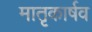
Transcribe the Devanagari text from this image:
मातृकार्षव